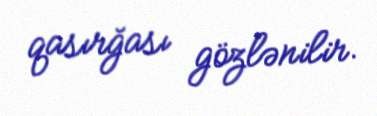
qasırğası gözlənilir.